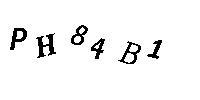
PH84B1